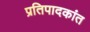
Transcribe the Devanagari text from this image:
प्रतिपादकांत